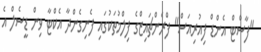
"ފާސްޓް އެންޑް ފިއުރިއަސް" ފްރެންޗައިޒްގެ ފިލްމުތަކުގައި ފެނިގެންދާ އެކްޓާ ވިން ޑީސެލް އެ